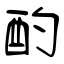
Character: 酌